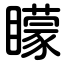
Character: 矇